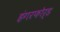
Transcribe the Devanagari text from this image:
हंगरफोर्ड